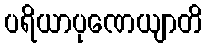
ပရိယာပုဏေယျာတိ